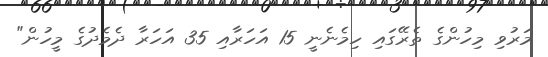
މަރުވި މިހުންގެ ތެރޭގައި ހިމެނެނީ 15 އަހަރާއި 35 އަހަރާ ދެމެދުގެ މީހުން"